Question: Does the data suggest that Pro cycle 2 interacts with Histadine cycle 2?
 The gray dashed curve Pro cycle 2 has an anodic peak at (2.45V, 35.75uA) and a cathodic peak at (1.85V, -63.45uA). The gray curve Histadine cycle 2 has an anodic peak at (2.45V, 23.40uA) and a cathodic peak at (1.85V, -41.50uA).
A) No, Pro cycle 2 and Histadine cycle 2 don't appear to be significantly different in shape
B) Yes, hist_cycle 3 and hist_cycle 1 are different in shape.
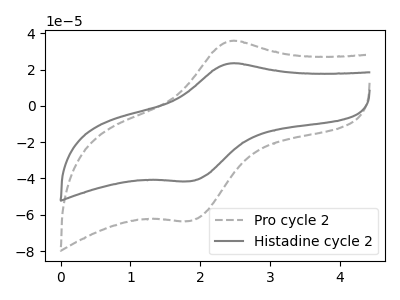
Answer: <think>All the peaks in "Pro cycle 2" have a peak in "Histadine cycle 2" at the same potential. Every peak in "Pro cycle 2" is higher than every peak in "Histadine cycle 2".
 </think>
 <answer>A) No, "Pro cycle 2" and "Histadine cycle 2" don't appear to be significantly different in shape</answer>
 <eval>A</eval>